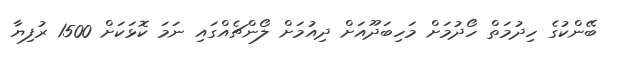
ބޭންކުގެ ހިދުމަތް ހޯދުމަށް މަހިބަދޫއަށް ދިއުމަށް ލޯންޗެއްގައި ނަމަ ކޮޅަކަށް 1500 ރުފިޔާ